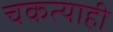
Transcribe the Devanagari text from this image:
चकत्याही